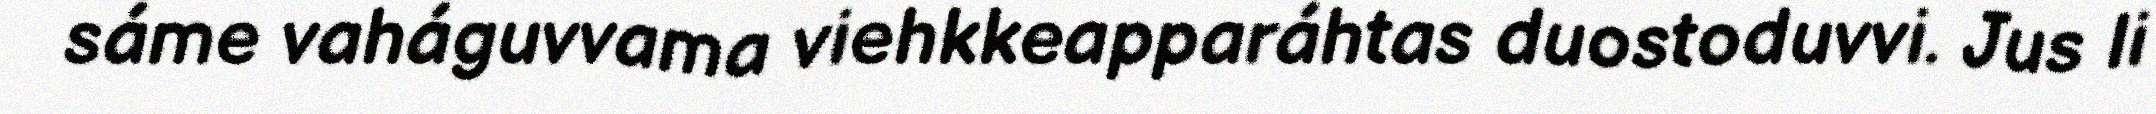
sáme vaháguvvama viehkkeapparáhtas duostoduvvi. Jus li